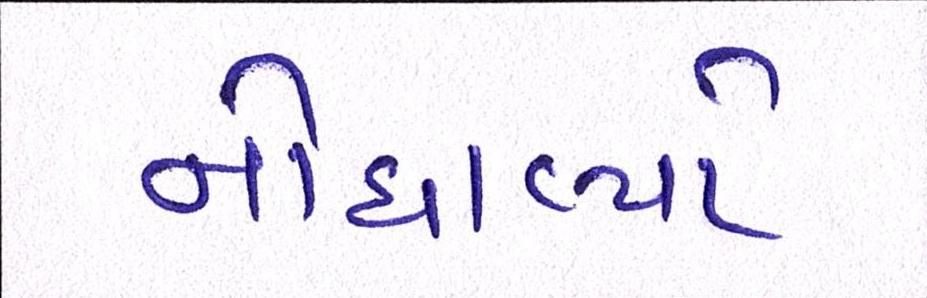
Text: નોધાવ્યો